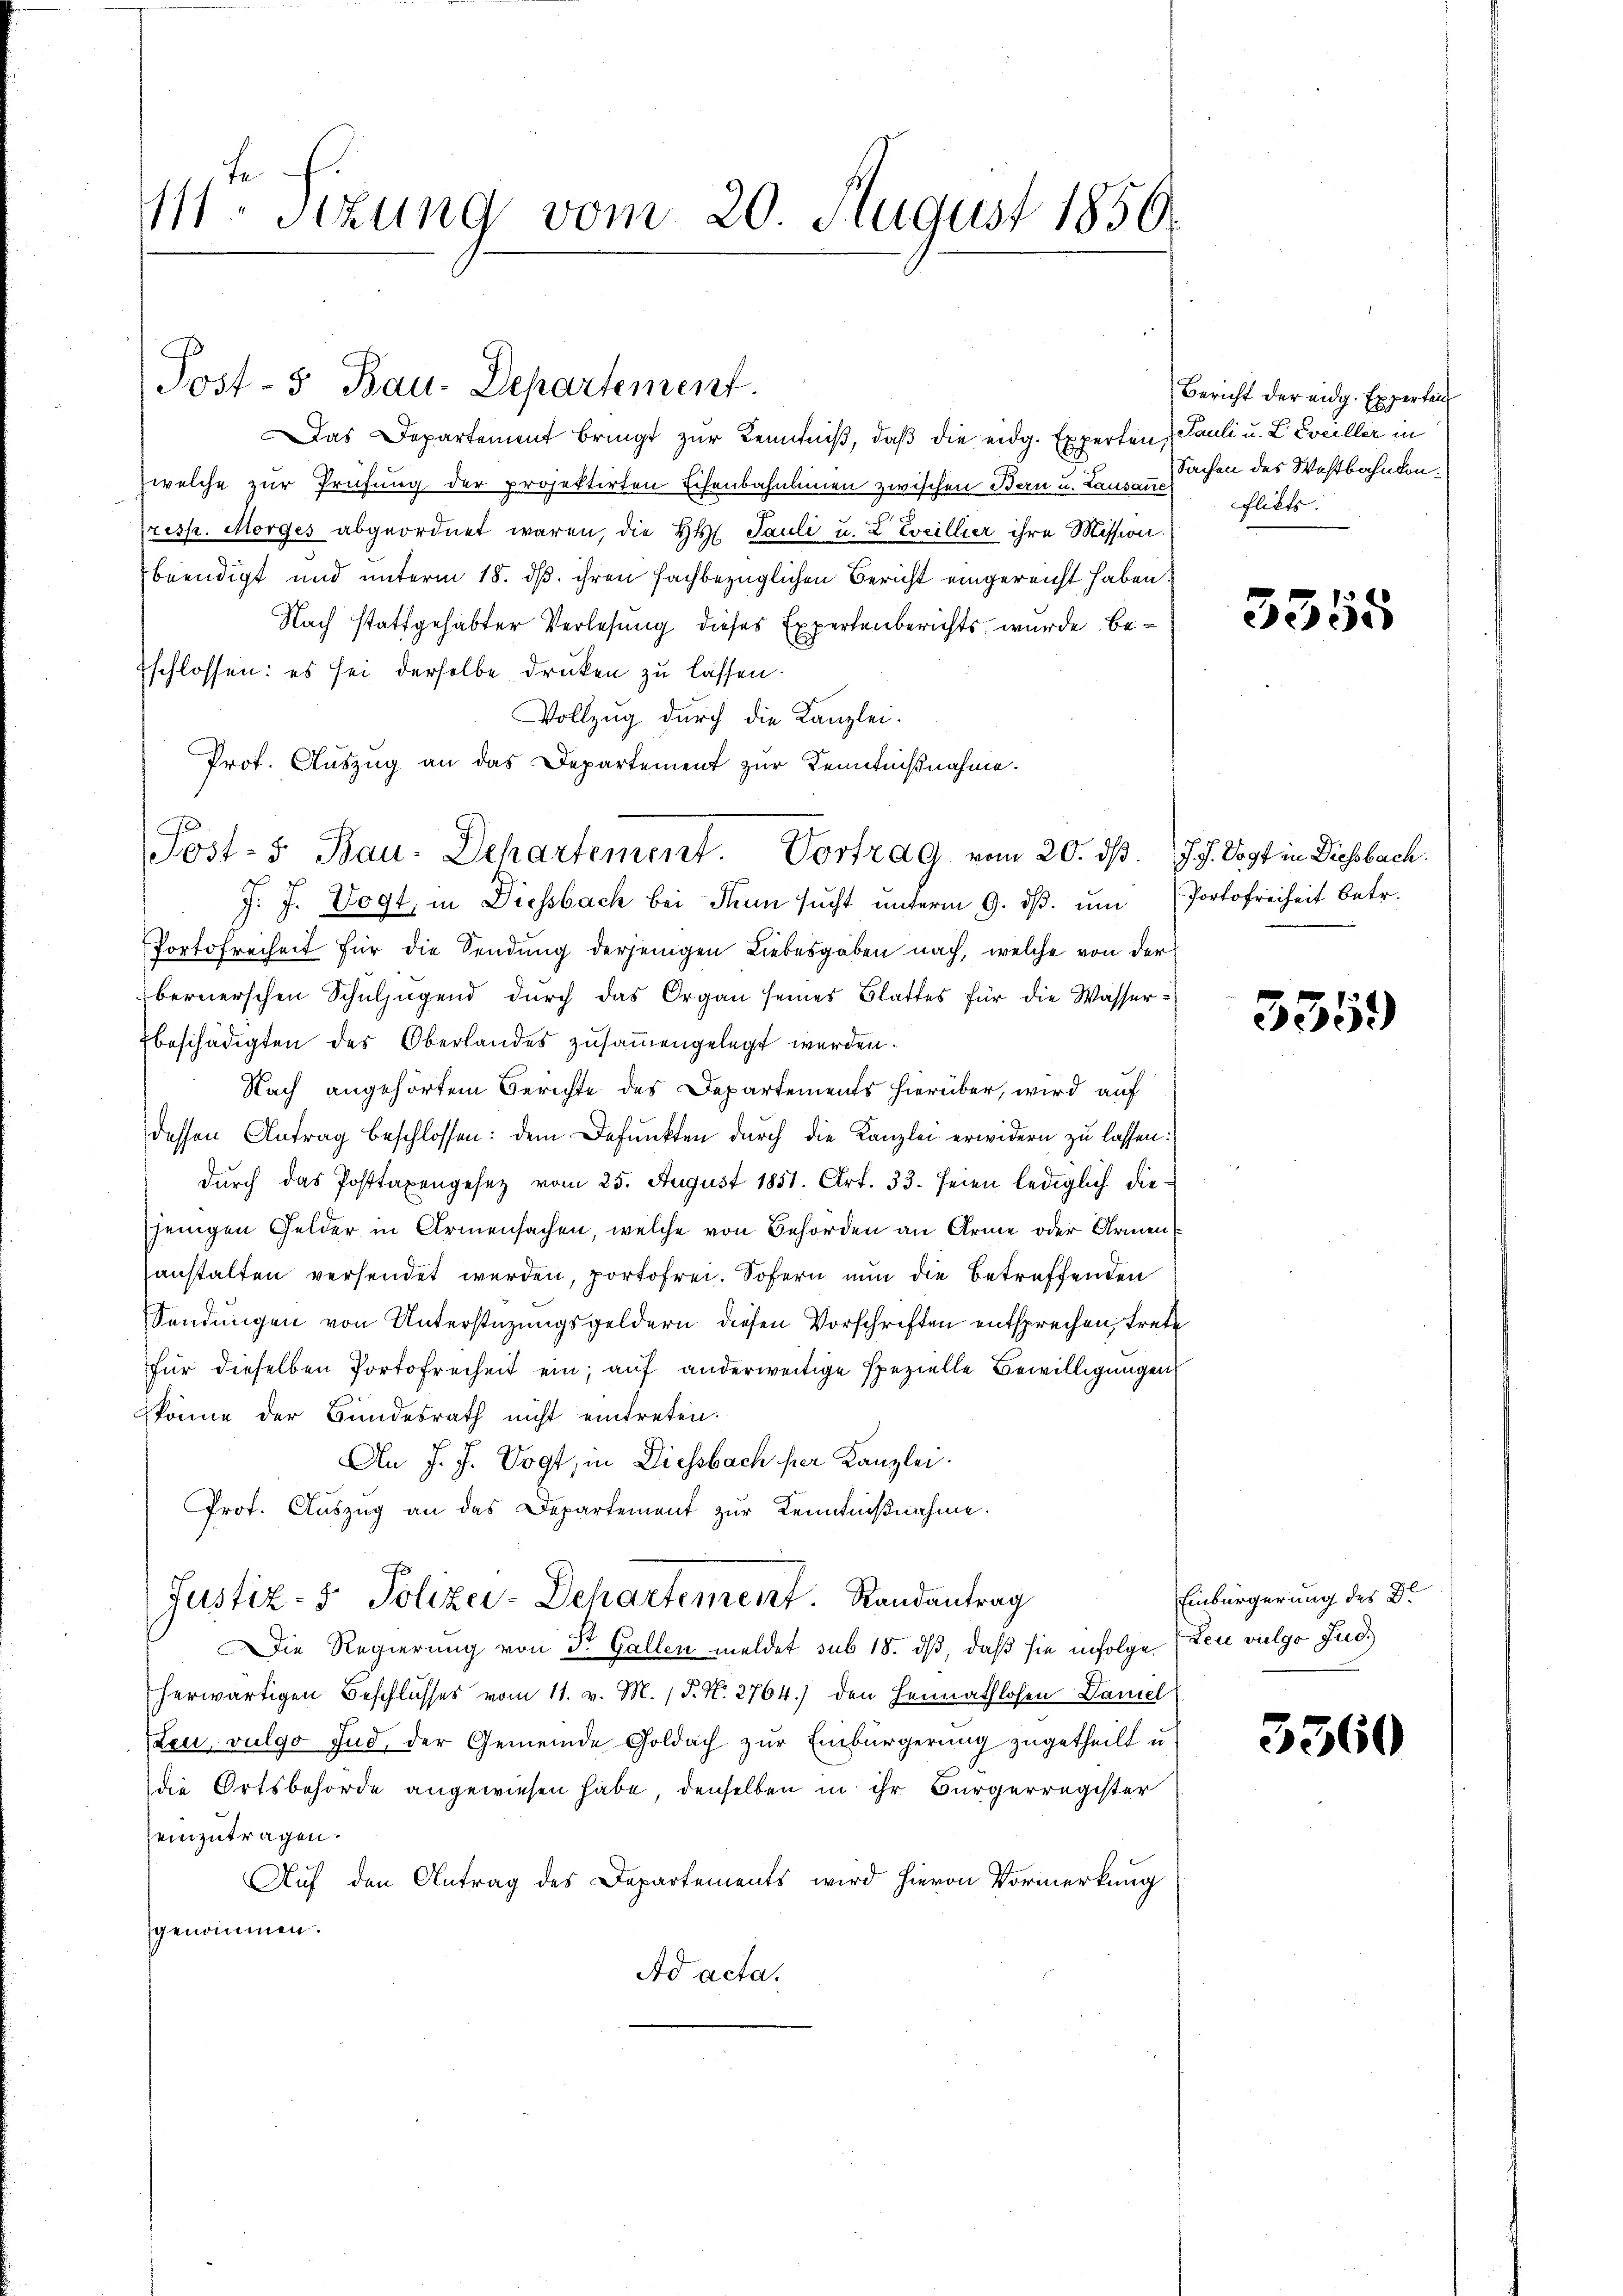
fe
Stzung vom 20. August 1850.

Post-3 Bau-Departement.

Das Departement bringt zur Kenntniß, daß die eidg. Experten  Pauli u. L. Eveiller in
welche zur Prüfung der projektirten Eisenbahnlinen zwischen Bern u. Lausanne
(resp. Morges abgeordnet waren, die H. Pauli u. L. Eveillier ihre Mission.
beendigt und unterm 18. dß. ihren fachbezüglichen Bericht eingereicht haben.
Nach stattgehabter Verlesung dieses Expertenberichts wurde beschlossen: es sei derselbe, drücken zu lassen.
Vollzug durch die Kanzlei.
Prot. Auszug an das Departement zur Kenntnißnahme.
J. J. Vogt, in Diessbach bei denn sŭcht ŭnterm 9. dβ. ŭm Portofreiheit betr.
Portofreiheit für die Sendung derjenigen Liebesgaben nach, welche von der
bereierschen Schulzügend durch das Organ seines Blattes für die Wasserbeschädigten des Oberlandes zusammengelegt werden.
Nach angehörtem Berichte des Departements hierüber, wird auf
dessen Antrag beschlossen: dem Befunkten durch die Kanzlei erwidern zu lassen:
durch das Posttaxengesetz vom 25. August 1851. Art. 33. seien lediglich diejenigen Gelder in Armensachen, welche von Behörden an Arme oder Armenanstalten versendet werden, portofrei. Sofern nun die betreffenden
Sendungen von Unterstüzungsgeldern diesen Vorschriften entsprechen, trete
für dieselben Portofreiheit ein; auf anderweitige spezielle Bewilligungen
könne der Bundesrath nicht eintreten.
An J. J. Vogt, in Diessbach per Kanzlei.
Prot. Aŭszŭg an das Departement zŭr Kenntniβnahme.
Justiz- & Polizei-Departement. Randantrag
Die Regierung von St. Gallen meldet sub 18. dß, daß sie infolge den vulgo Jud
herwärtigen Beschlusses vom 11. v. M. (T. N. 2764.) den Heimathlosen Daniel
Leu, vulgo Ind, der Gemeinde Goldach zur Einbürgerung zugetheilt u.
die Ortsbehörde angewiesen habe, denselben in ihr Bürgerregister
einzutragen.
Auf den Antrag des Departements wird hievon Vormerkung
genommen.
Ad acta.

Post- & Bau-Dehartement. Vortrag vom 20. dß. J. G. Sagt in Diesbach.

Bericht der eidg. Experten
Sachen des Wostbahnkonflikts.

3355

3359)

Einbürgerung des D.

3360